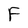
Character: F